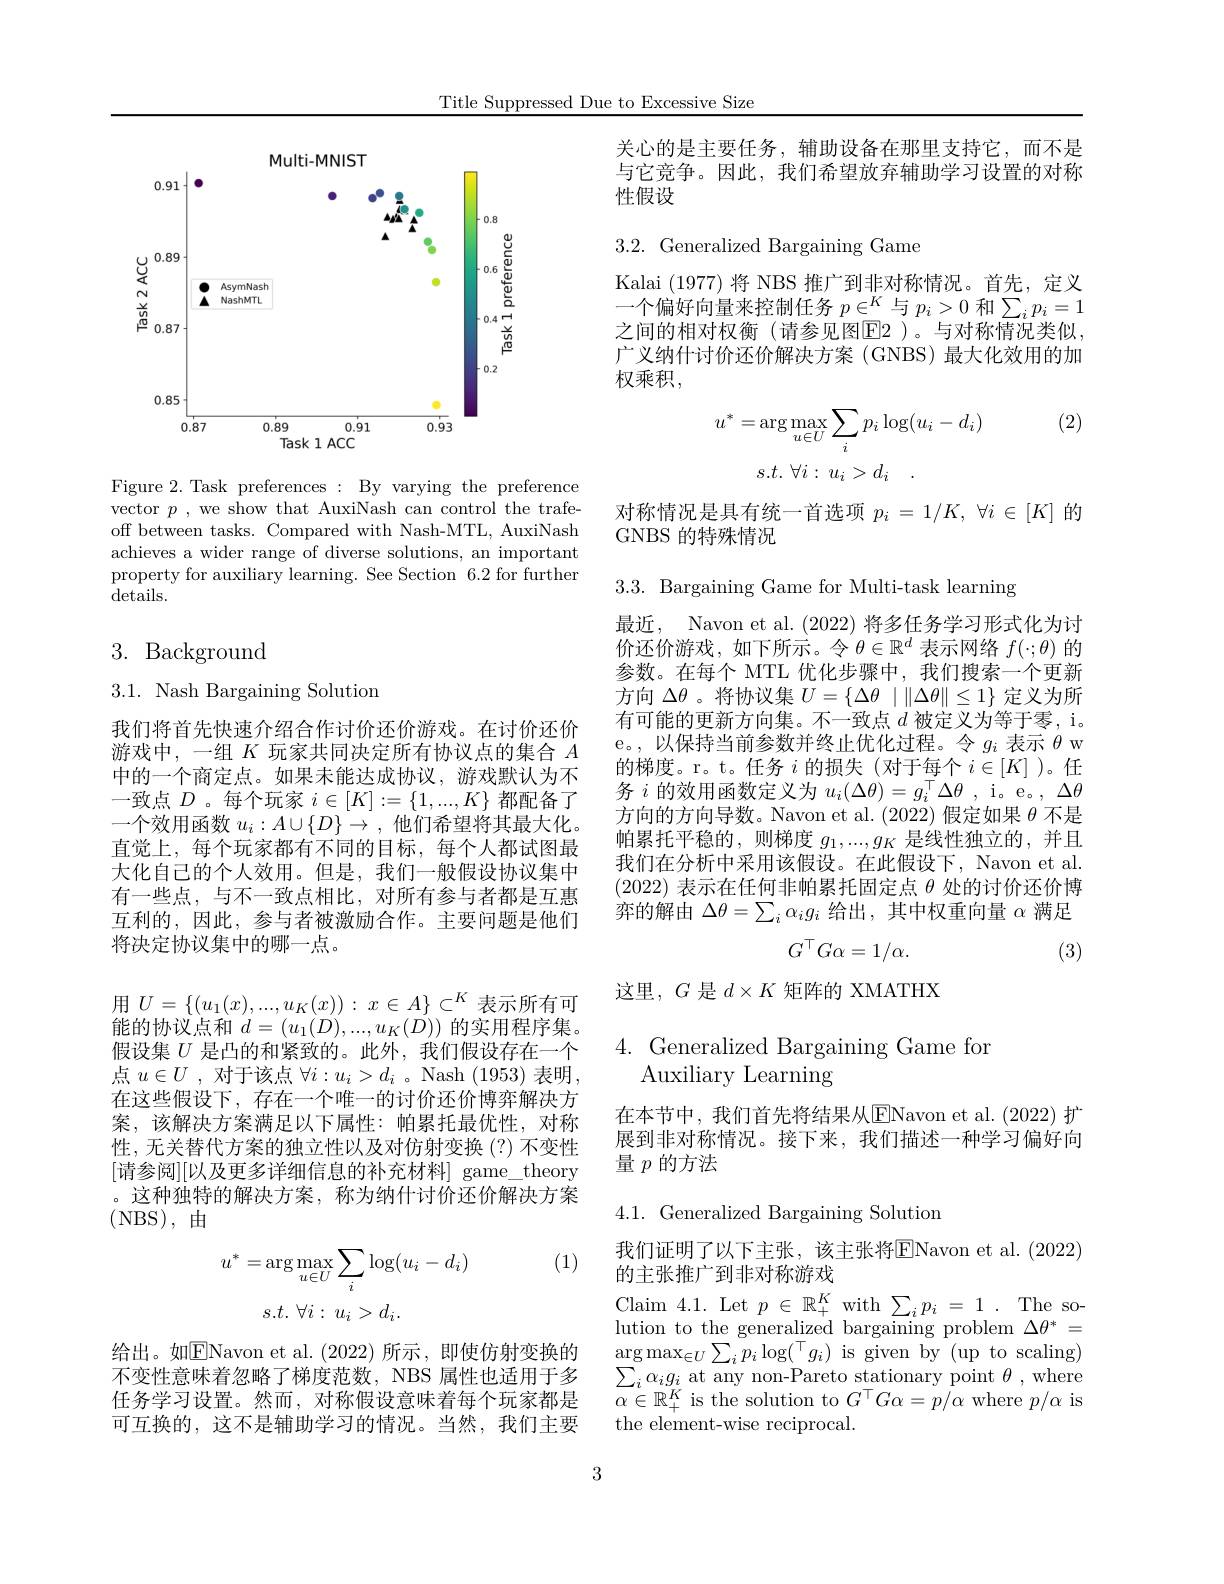
Title Suppressed Due to Excessive Size

<FigureHere>

Figure 2. Task preferences : By varying the preference vector $p$, we show that AuxiNash can control the trafeoff between tasks. Compared with Nash-MTL, AuxiNash achieves a wider range of diverse solutions, an important property for auxiliary learning. See Section 6.2 for further details.

## 3. Background

3.1. Nash Bargaining Solution

我们将首先快速介绍合作讨价还价游戏。在讨价还价游戏中，一组$K$玩家共同决定所有协议点的集合$A$ 中的一个商定点。如果未能达成协议，游戏默认为不一致点$D$ 。每个玩家$i\in[K]:=\{1,...,K\}$都配备了一个效用函数$u_i:A\cup\{D\}\to$ ,他们希望将其最大化。直觉上，每个玩家都有不同的目标，每个人都试图最大化自己的个人效用。但是，我们一般假设协议集中有一些点，与不一致点相比，对所有参与者都是互惠互利的，因此，参与者被激励合作。主要问题是他们将决定协议集中的哪一点。
用$U=\{(u_1(x),...,u_K(x)):x\in A\}\subset^K$表示所有可能的协议点和$d=(u_{1}(D),...,u_{K}(D))$的实用程序集。假设集$U$是凸的和紧致的。此外，我们假设存在一个点$u\in U$ , 对于该点$\forall i:u_i>d_i$ 。Nash (1953)表明， 在这些假设下，存在一个唯一的讨价还价博弈解决方案，该解决方案满足以下属性：帕累托最优性，对称性，无关替代方案的独立性以及对仿射变换(?)不变性[请参阅][以及更多详细信息的补充材料]game\_theory 。这种独特的解决方案，称为纳什讨价还价解决方案(NBS),由
$$u^{*}=\arg\max_{u\in U}\sum_{i}\log(u_{i}-d_{i})\\s.t.\:\forall i:\:u_{i}>d_{i}.$$
(1)

给出。如$\boxed{\mathrm{E}}$Navon et al.(2022)所示，即使仿射变换的不变性意味着忽略了梯度范数，NBS 属性也适用于多任务学习设置。然而，对称假设意味着每个玩家都是可互换的，这不是辅助学习的情况。当然，我们主要

关心的是主要任务，辅助设备在那里支持它，而不是与它竞争。因此，我们希望放弃辅助学习设置的对称性假设

3.2. Generalized Bargaining Game

Kalai (1977)将 NBS 推广到非对称情况。首先，定义一个偏好向量来控制任务$p\in^K$与$p_i>0$和$\sum_ip_i=1$ 之间的相对权衡(请参见图E2 )。与对称情况类似， 广义纳什讨价还价解决方案(GNBS)最大化效用的加权乘积，

(2)
$$u^{*}=\arg\max_{u\in U}\sum_{i}p_{i}\log(u_{i}-d_{i})\\s.t.\:\forall i:\:u_{i}>d_{i}\quad.$$
对称情况是具有统一首选项$p_i=1/K,\forall i\in[K]$的

GNBS 的特殊情况

3.3. Bargaining Game for Multi-task learning

最近，Navon et al. (2022) 将多任务学习形式化为讨价还价游戏，如下所示。令$\theta\in\mathbb{R}^d$表示网络$f(\cdot;\theta)$的参数。在每个 MTL 优化步骤中，我们搜索一个更新方向$\Delta\theta$。将协议集$U=\{\Delta\theta\mid\|\Delta\theta\|\leq1\}$定义为所有可能的更新方向集。不一致点$d$被定义为等于零，i。e。,以保持当前参数并终止优化过程。令$g_i$表示$\theta$ w 的梯度。r。t。任务$i$的损失(对于每个$i\in[K]$ )。任务$i$的效用函数定义为$u_i(\Delta\theta)=g_i^{\top}\Delta\theta$ , i。e。, $\Delta\theta$ 方向的方向导数。Navon et al. (2022) 假定如果$\theta$不是帕累托平稳的，则梯度$g_1,...,g_K$是线性独立的，并且我们在分析中采用该假设。在此假设下，Navon et al. (2022)表示在任何非帕累托固定点$\theta$处的讨价还价博弈的解由$\Delta\theta=\sum_i\alpha_ig_i$给出，其中权重向量$\alpha$满足
$$G^{\top}G\alpha=1/\alpha.$$
(3)

这里，$G$是$d\times K$矩阵的 XMATHX

## $4.{\mathrm{~Generalized~Bargaining~Game~for}}$ Auxiliary Learning

在本节中，我们首先将结果从$\underline{\mathrm{ENavon~et~al.~(2022)~}}$扩展到非对称情况。接下来，我们描述一种学习偏好向量$p$的方法

4.1. Generalized Bargaining Solution

我们证明了以下主张，该主张将$\overline{\mathrm{E}}$Navon et al. (2022)
的主张推广到非对称游戏

Claim 4.1. Let $p\in\mathbb{R}_+^K$ with $\sum_ip_i=1.$ The solution to the generalized bargaining problem $\Delta\theta^{*}=$ $\arg\max_{\in U}\sum_{i}p_{i}\log(\stackrel{\top}{g_{i}})$is given by(up to scaling) $\sum_{i}\alpha_{i}g_{i}$ at any non-Pareto stationary point $\theta$,where $\alpha\in\mathbb{R}_{+}^{K}$ is the solution to $G^\top G\alpha=p/\alpha$ where $p/\alpha$ is the element-wise reciprocal.

3